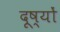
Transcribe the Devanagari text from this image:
दूष्यों